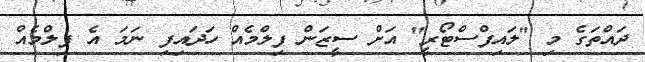
ދައްތަގެ މި "ލައިފްސްޓޯރީ" އަށް ސީޒަން ފިލްމެއް ހަދައިފި ނަމަ އެ ފިލްމެއް